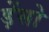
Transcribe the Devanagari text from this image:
ड़ेंसो